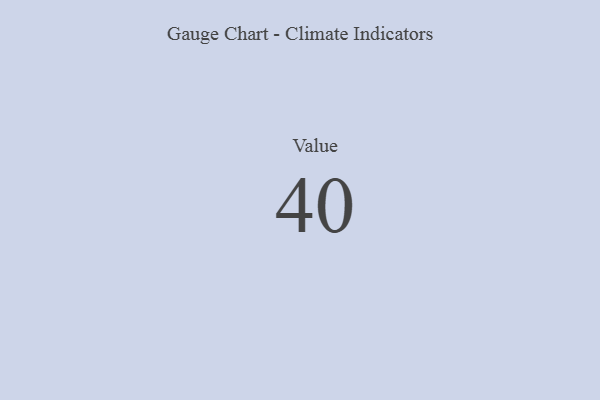
{"axis": {"x": "Metric", "y": "Value"}, "legend": [""], "data": [{"x": "Value", "y": 40, "type": ""}]}